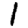
Digit: 1